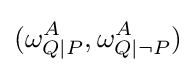
(\omega _{Q|P}^{A},\omega _{Q|\lnot P}^{A})